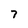
Character: 7